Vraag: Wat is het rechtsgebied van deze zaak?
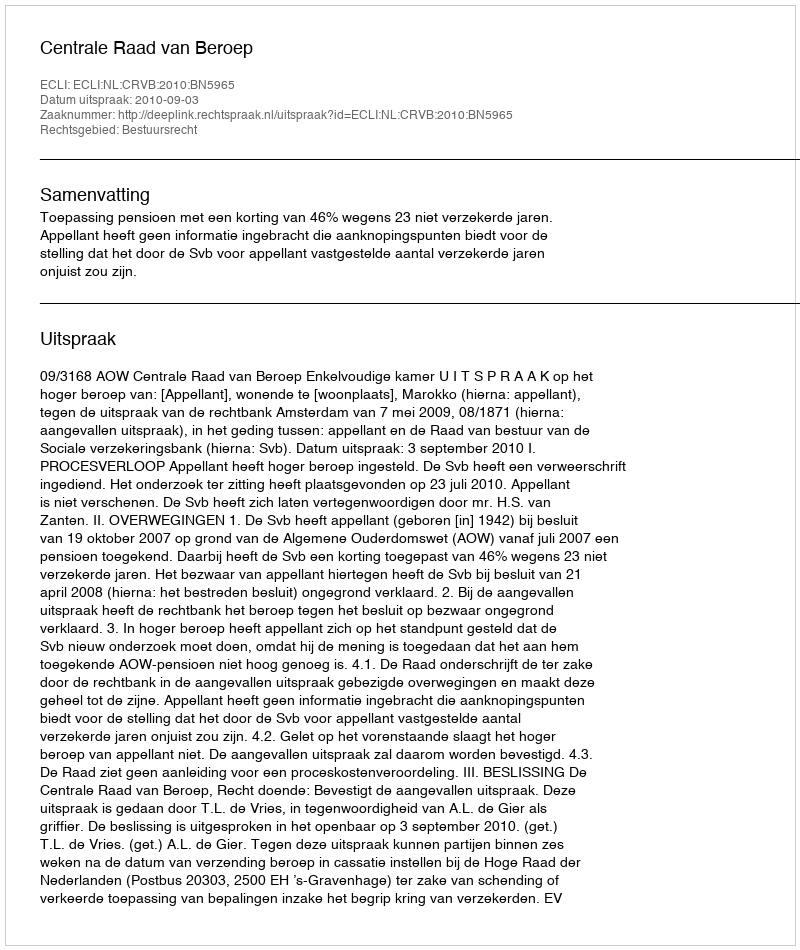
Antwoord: Bestuursrecht